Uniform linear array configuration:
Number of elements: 64
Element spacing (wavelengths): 0.25
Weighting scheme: kaiser
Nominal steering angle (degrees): -60
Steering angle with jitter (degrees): -60.896
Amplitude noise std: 0.05
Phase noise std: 0.05

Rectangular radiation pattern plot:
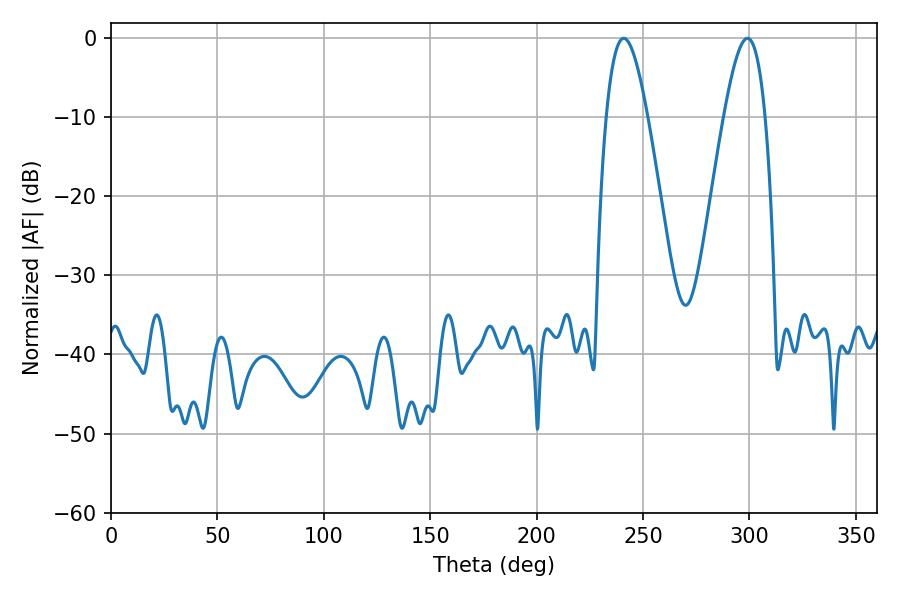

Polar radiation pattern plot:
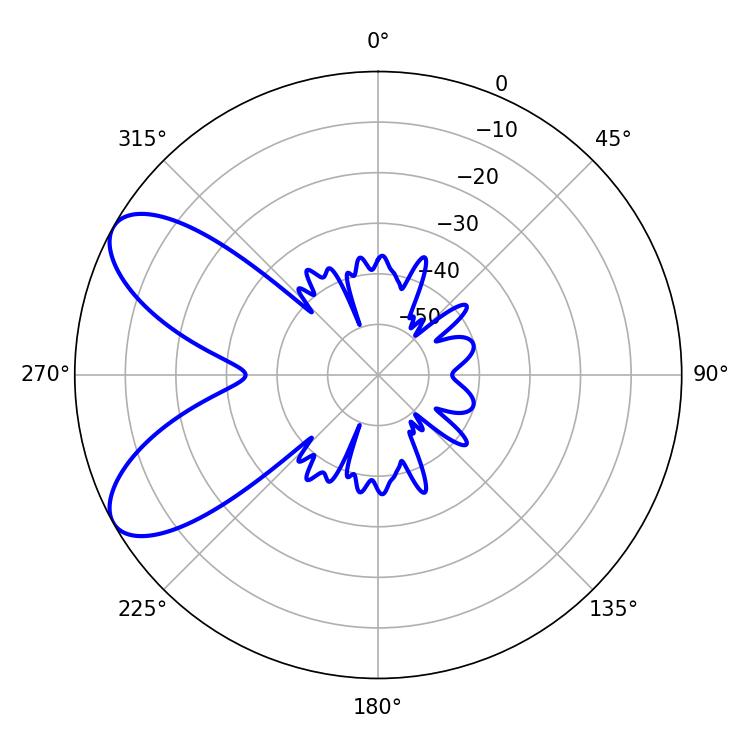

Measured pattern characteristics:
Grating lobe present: FALSE
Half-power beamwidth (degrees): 10.44
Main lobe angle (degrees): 240.84